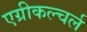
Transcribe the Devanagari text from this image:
एग्रीकल्चर्ल